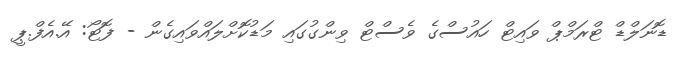
ޑޮނަލްޑް ޓްރަމްޕް ވައިޓް ހައުސްގެ ވެސްޓް ވިންގުގައި މަޑުކޮށްލައްވައިގެން - ފޮޓޯ: އޭ.އެފް.ޕީ